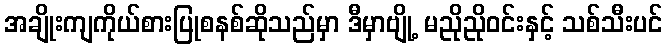
အချိုးကျကိုယ်စားပြုစနစ်ဆိုသည်မှာ ဒီမှာဗျို့ မညိုညိုဝင်းနှင့် သစ်သီးပင်